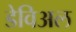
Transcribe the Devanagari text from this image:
डेविअल